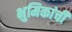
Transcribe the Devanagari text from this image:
भुमिकांची